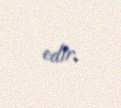
edir.